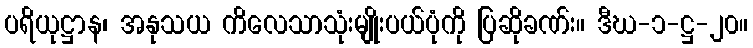
ပရိယုဋ္ဌာန၊ အနုသယ ကိလေသာသုံးမျိုးပယ်ပုံကို ပြဆိုခဏ်း။ ဒီဃ-၁-ဋ္ဌ-၂၀။